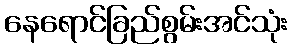
နေရောင်ခြည်စွမ်းအင်သုံး